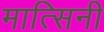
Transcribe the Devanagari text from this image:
मात्सिनी